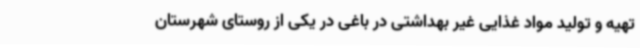
تهیه و تولید مواد غذایی غیر بهداشتی در باغی در یکی از روستای شهرستان